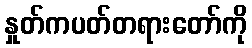
နှုတ်ကပတ်တရားတော်ကို